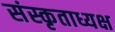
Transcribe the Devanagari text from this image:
संस्कृताध्यक्ष